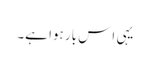
یہی اِس بار ہوا ہے۔